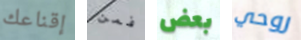
إقناعك فمن بعض روحي